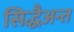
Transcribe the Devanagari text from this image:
सिद्धैअन्त